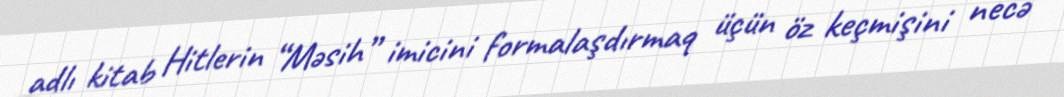
adlı kitab Hitlerin “Məsih” imicini formalaşdırmaq üçün öz keçmişini necə